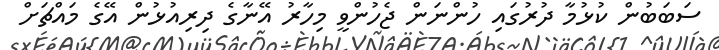
ސަބަބުން ކުޅުމާ ދުރުގައި ހުންނަން ޖެހުންވީ މިހާރު އޭނާގެ ދިރިއުޅުން އޭގެ މައްޗަށް